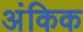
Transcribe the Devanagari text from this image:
अंकिक